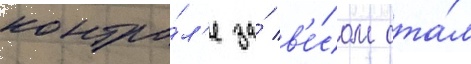
контро́л'е за́ в'е́сом ста́л